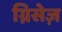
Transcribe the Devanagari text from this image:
ग्निसेज़